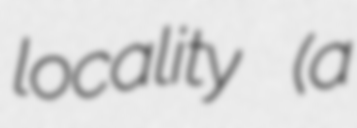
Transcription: locality (a